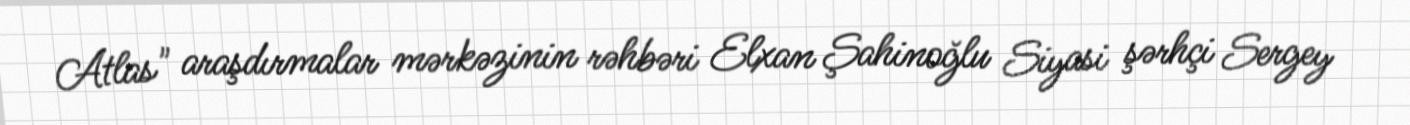
Atlas" araşdırmalar mərkəzinin rəhbəri Elxan Şahinoğlu Siyasi şərhçi Sergey